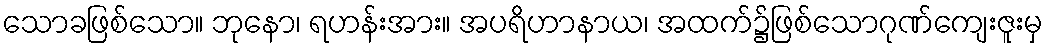
သောခဖြစ်သော။ ဘုနော၊ ရဟန်းအား။ အပရိဟာနာယ၊ အထက်၌ဖြစ်သောဂုဏ်ကျေးဇူးမှ